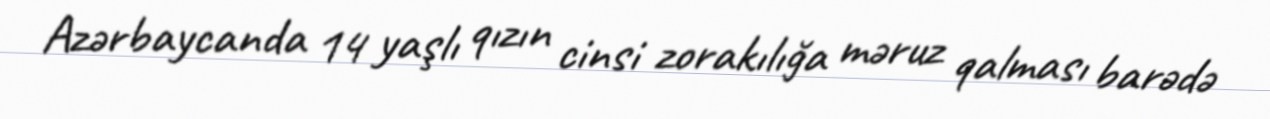
Azərbaycanda 14 yaşlı qızın cinsi zorakılığa məruz qalması barədə